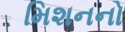
મિશનનો